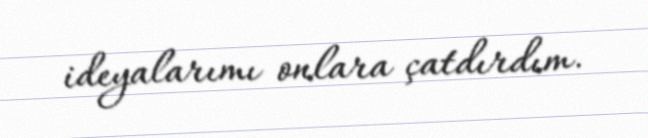
ideyalarımı onlara çatdırdım.